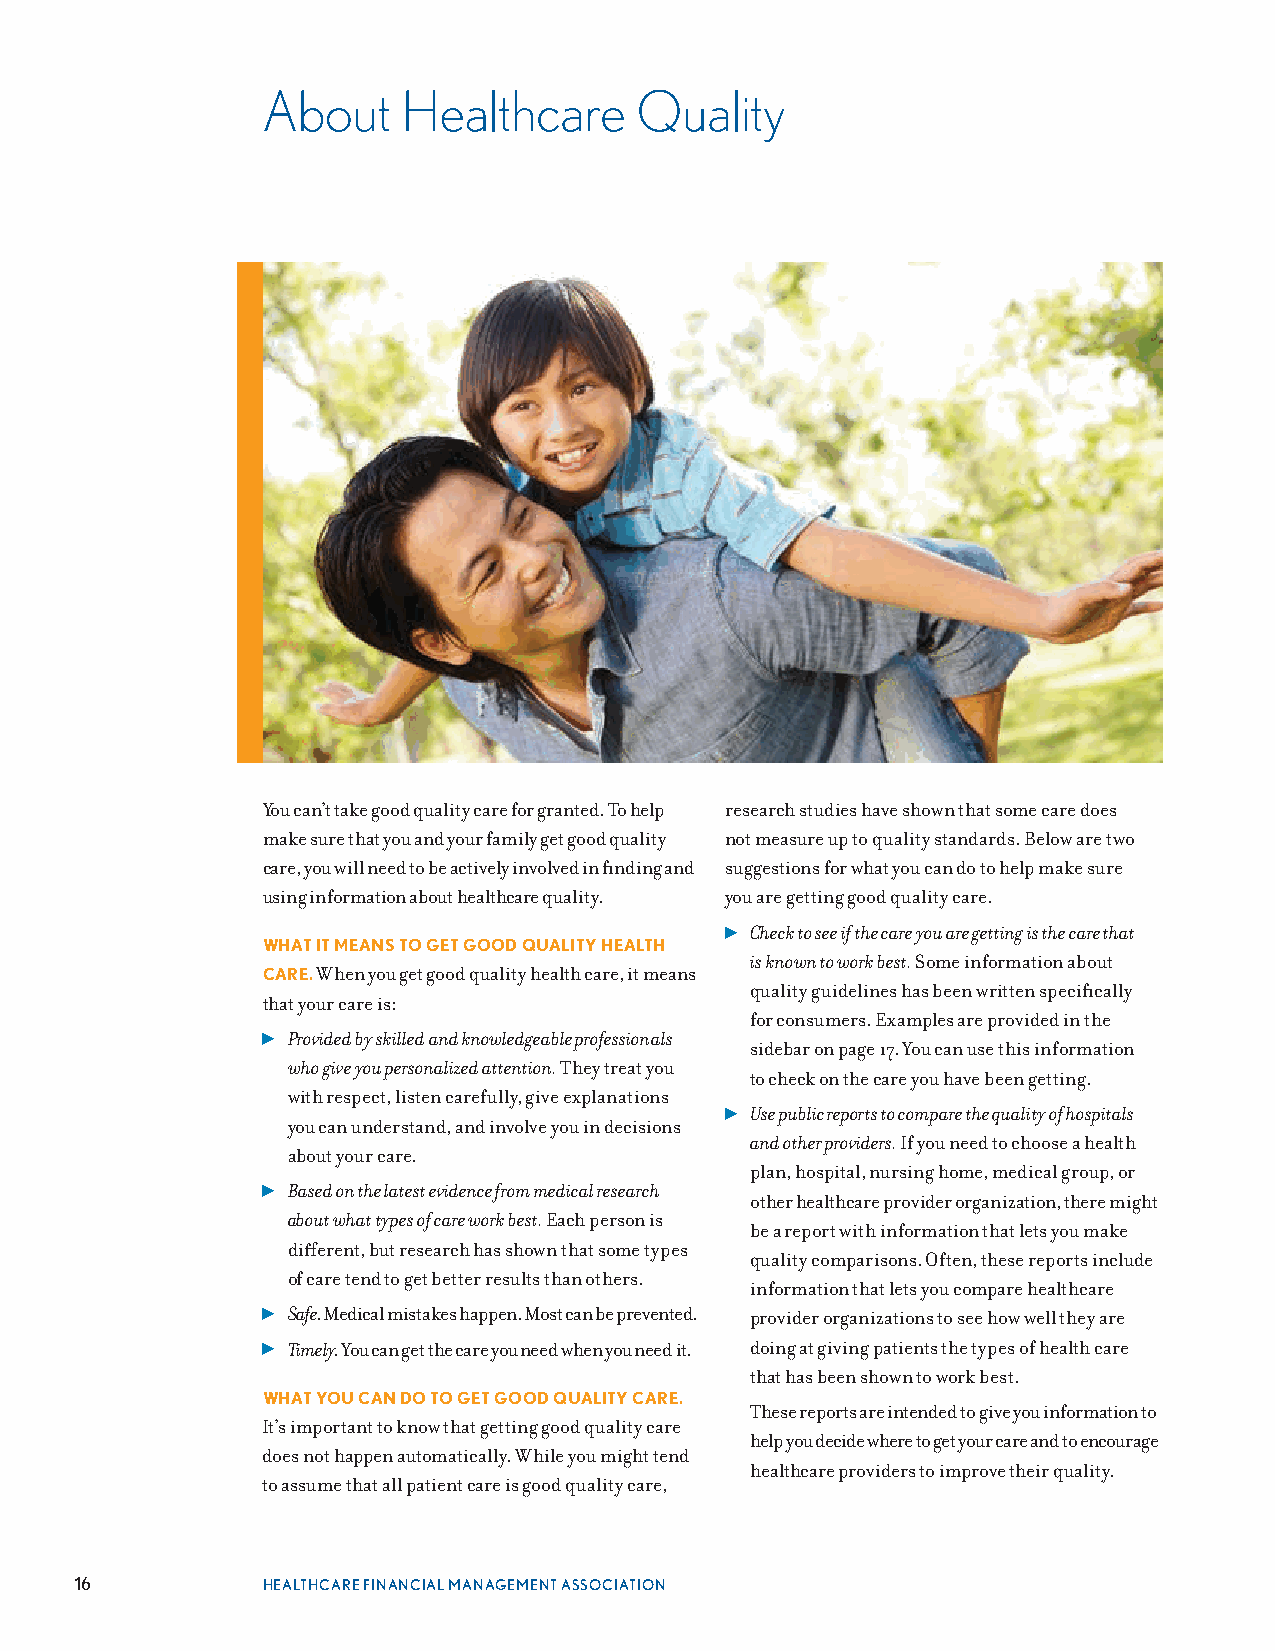
About     Healthcare     Quality
 You can’t take good quality care for granted . To help research studies have shown that some care does
 make sure that you and your family get good quality not measure up to quality standards . Below are two
 care, you will need to be actively involved in finding and suggestions for what you can do to help make sure
 using information about healthcare quality . you are getting good quality care .
 ▶ Check to see if the care you are getting is the care that
 WHAT IT MEANS TO GET GOOD QUALITY HEALTH
 is known to work best. Some information about
 CARE. When you get good quality health care, it means
 quality guidelines has been written specifically
 that your care is:
 for consumers . Examples are provided in the
 ▶ Provided by skilled and knowledgeable professionals
 sidebar on page 17 . You can use this information
 who give you personalized attention. They treat you
 to check on the care you have been getting .
 with respect, listen carefully, give explanations
 ▶ Use public reports to compare the quality of hospitals
 you can understand, and involve you in decisions
 and other providers. If you need to choose a health
 about your care .
 plan, hospital, nursing home, medical group, or
 ▶ Based on the latest evidence from medical research
 other healthcare provider organization, there might
 about what types of care work best. Each person is
 be a report with information that lets you make
 different, but research has shown that some types
 quality comparisons . Often, these reports include
 of care tend to get better results than others .
 information that lets you compare healthcare
 ▶ Safe . Medical mistakes happen . Most can be prevented . provider organizations to see how well they are
 ▶ Timely . You can get the care you need when you need it . doing at giving patients the types of health care
 that has been shown to work best .
 WHAT YOU CAN DO TO GET GOOD QUALITY CARE.
 These reports are intended to give you information to
 It’s important to know that getting good quality care
 help you decide where to get your care and to encourage
 does not happen automatically . While you might tend
 healthcare providers to improve their quality .
 to assume that all patient care is good quality care,
 16          HEALTHCARE FINANCIAL MANAGEMENT ASSOCIATION